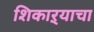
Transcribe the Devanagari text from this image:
शिकाऱ्याचा